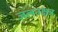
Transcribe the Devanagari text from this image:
जलनक्षत्र